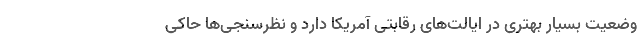
وضعیت بسیار بهتری در ایالت‌های رقابتی آمریکا دارد و نظرسنجی‌ها حاکی